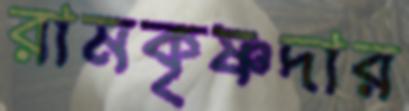
রামকৃষ্ণদার